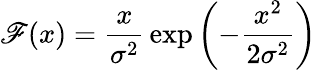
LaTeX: \mathscr{F}(x)={\frac{{x}}{{\sigma^{2}}}}\exp\left(-{\frac{{x^{2}}}{{2\sigma^{2}}}}\right)